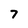
Character: 7